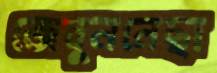
জেবুননেছা